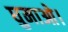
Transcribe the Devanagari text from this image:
घुमाओ।